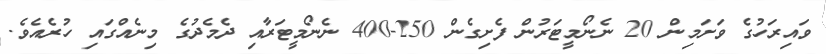
ވައިރަހުގެ ވަށަމިން 20 ނެނޯމީޓަރުން ފެށިގެން 250-400 ނެނޯމީޓަރާއި ދެމެދުގެ މިނެއްގައި ހުރެއެވެ.